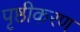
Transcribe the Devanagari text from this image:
पृष्ठीकरण